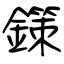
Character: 鏼